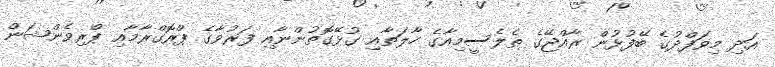
އަދި މިވަފްދުގެ ބޭފުޅުން ރާއްޖޭގެ ތެލެސީމިއާގެ ހާލަތާއި ގުޅޭގޮތުންނާއި ފަރުވާގެ ޕްރޮގްރާމާއި ޕްރިވެންޝަން